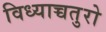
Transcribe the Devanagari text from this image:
विध्याच्चतुरो